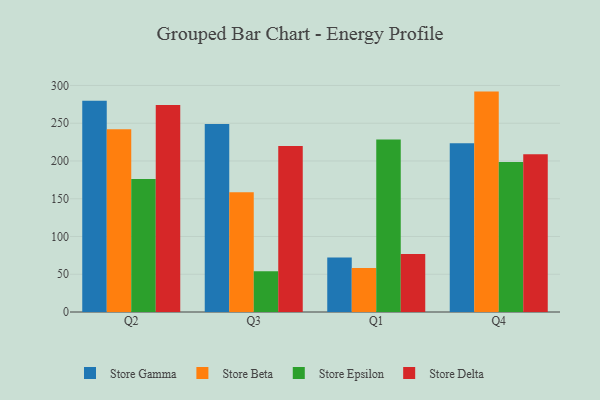
{"axis": {"x": "Quarter", "y": "Operating Costs (USD K)"}, "legend": ["Store Beta", "Store Delta", "Store Epsilon", "Store Gamma"], "data": [{"x": "Q2", "y": 279.8, "type": "Store Gamma"}, {"x": "Q2", "y": 242.2, "type": "Store Beta"}, {"x": "Q2", "y": 176.3, "type": "Store Epsilon"}, {"x": "Q2", "y": 274.1, "type": "Store Delta"}, {"x": "Q3", "y": 248.9, "type": "Store Gamma"}, {"x": "Q3", "y": 158.7, "type": "Store Beta"}, {"x": "Q3", "y": 53.9, "type": "Store Epsilon"}, {"x": "Q3", "y": 220.0, "type": "Store Delta"}, {"x": "Q1", "y": 72.2, "type": "Store Gamma"}, {"x": "Q1", "y": 58.3, "type": "Store Beta"}, {"x": "Q1", "y": 228.5, "type": "Store Epsilon"}, {"x": "Q1", "y": 76.7, "type": "Store Delta"}, {"x": "Q4", "y": 223.4, "type": "Store Gamma"}, {"x": "Q4", "y": 291.9, "type": "Store Beta"}, {"x": "Q4", "y": 198.5, "type": "Store Epsilon"}, {"x": "Q4", "y": 208.8, "type": "Store Delta"}]}